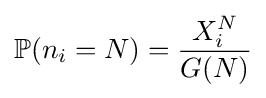
\mathbb {P} (n_{i}=N)={\frac {X_{i}^{N}}{G(N)}}